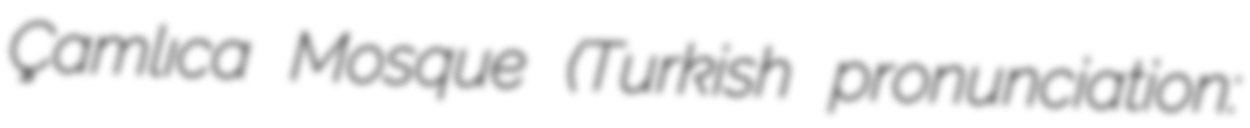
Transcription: Çamlıca Mosque (Turkish pronunciation: